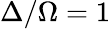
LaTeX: \Delta/\Omega=1